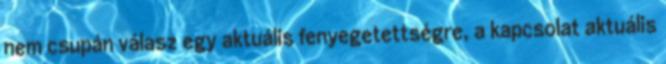
nem csupán válasz egy aktuális fenyegetettségre, a kapcsolat aktuális